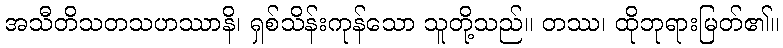
အသီတိသတသဟဿာနိ၊ ရှစ်သိန်းကုန်သော သူတို့သည်။ တဿ၊ ထိုဘုရားမြတ်၏။